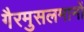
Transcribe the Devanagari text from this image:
गैरमुसलमानों